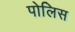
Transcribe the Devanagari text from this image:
पोलिस